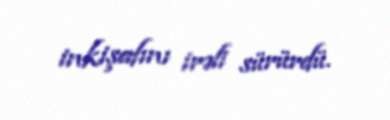
inkişafını irəli sürürdü.